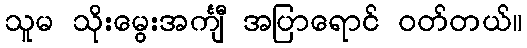
သူမ သိုးမွေးအင်္ကျီ အပြာရောင် ဝတ်တယ်။